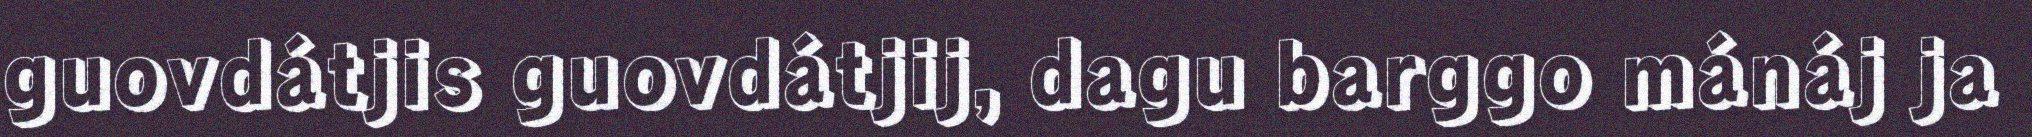
guovdátjis guovdátjij, dagu barggo mánáj ja